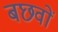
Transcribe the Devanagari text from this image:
बछवों